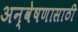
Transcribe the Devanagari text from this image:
अन्वेषणासाठी